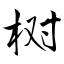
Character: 树